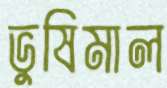
ভুষিমাল